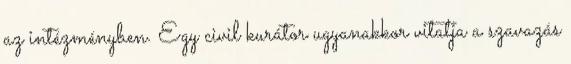
az intézményben. Egy civil kurátor ugyanakkor vitatja a szavazás